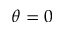
\theta = 0